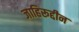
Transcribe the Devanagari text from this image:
जाहिरूद्दीन